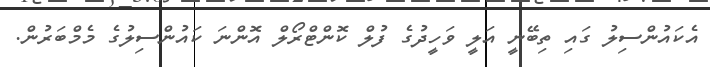
އެކައުންސިލު ގައި ތިބޭނީ އަލީ ވަހީދުގެ ފުލް ކޮންޓްރޯލް އޮންނަ ކައުންސިލުގެ މެމްބަރުން.